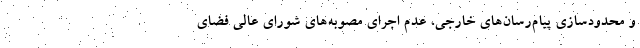
و محدودسازی پیام‌رسان‌های خارجی، عدم اجرای مصوبه‌های شورای عالی فضای